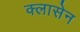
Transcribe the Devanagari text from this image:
क्लासेन